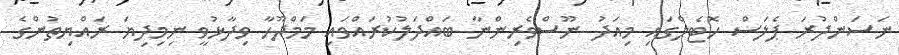
ނަސަންދުރަ ޕެލަސް ހޮޓެލްގައި މިއަދު ނޫސްވެރިންނާ ބައްދަލުކުރައްވައި މަމްދޫހާ ވިދާޅުވީ ނިމިދިޔަ ރައްޔިތުންގެ